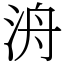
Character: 洀